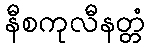
နီစကုလီနတ္တံ